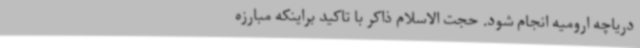
دریاچه ارومیه انجام شود. حجت الاسلام ذاکر با تاکید براینکه مبارزه